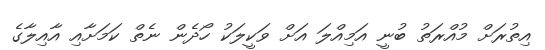
އިތުރަށް މުއްރަތު ބުނީ އަމިއްލަ އަށް ވަކީލަކު ހޯދެން ނެތް ކަމަށާއި އާއިލާގެ